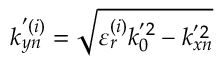
k _ { y n } ^ { ' ( i ) } = \sqrt { \varepsilon _ { r } ^ { ( i ) } k _ { 0 } ^ { ' 2 } - k _ { x n } ^ { ' 2 } }